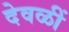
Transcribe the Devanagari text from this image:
देवळीं